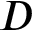
D